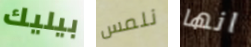
بيليك نلمس انها